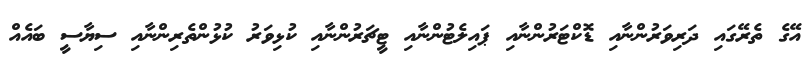
އޭގެ ތެރޭގައި ދަރިވަރުންނާއި ޑޮކްޓަރުންނާއި ޕައިލެޓުންނާއި ޓީޗަރުންނާއި ކުޅިވަރު ކުޅުންތެރިންނާއި ސިޔާސީ ބައެއް